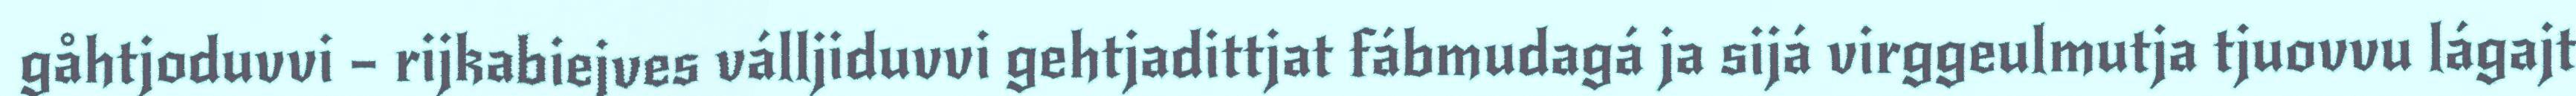
gåhtjoduvvi – rijkabiejves válljiduvvi gehtjadittjat fábmudagá ja sijá virggeulmutja tjuovvu lágajt